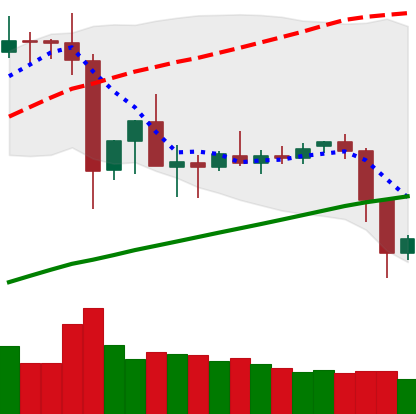
Ticker: ETC-USD
Chart end date: 2019-07-12
Forward return: -16.234%
Label: down_7plus